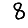
Digit: 8